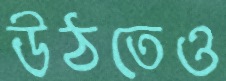
উঠতেও